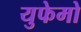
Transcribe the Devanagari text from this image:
युफेमो